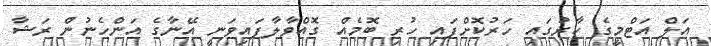
އަލް އަޓްމީގެ ކާރުގައި ހަރުކޮށްފައި ހުރި ބޮމެއް ގޮއްވާލާފައިވަނީ އޭނާގެ އަންހެނުން ރަޝާ